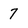
Character: 7